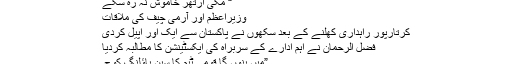
“ مکی آرتھر خاموش نہ رہ سکے
وزیراعظم اور آرمی چیف کی ملاقات
کرتارپور راہداری کھلنے کے بعد سکھوں نے پاکستان سے ایک اور اپیل کردی
فضل الرحمان نے اہم ادارے کے سربراہ کی ایکسٹینشن کا مطالبہ کردیا
”میں بنوں گا قومی ٹیم کا سپن باﺅلنگ کوچ۔